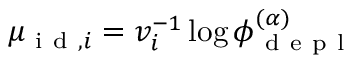
\mu _ { \mathrm { ~ i ~ d ~ } , i } = v _ { i } ^ { - 1 } \log \phi _ { \mathrm { ~ d ~ e ~ p ~ l ~ } } ^ { ( \alpha ) }